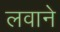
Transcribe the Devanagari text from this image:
लवाने